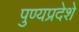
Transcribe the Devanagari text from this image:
पुण्यप्रदेशे